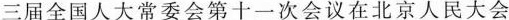
三届全国人大常委会第十一次会议在北京人民大会